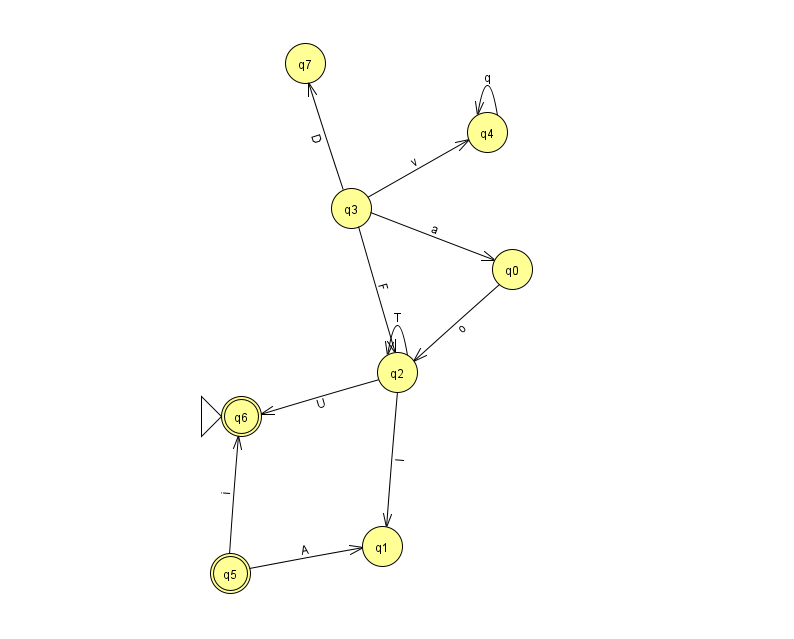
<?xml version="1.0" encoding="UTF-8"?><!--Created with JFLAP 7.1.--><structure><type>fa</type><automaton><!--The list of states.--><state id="0" name="q0"><x>512.0</x><y>256.0</y></state><state id="1" name="q1"><x>382.0</x><y>533.0</y></state><state id="2" name="q2"><x>397.0</x><y>359.0</y></state><state id="3" name="q3"><x>351.0</x><y>195.0</y></state><state id="4" name="q4"><x>487.0</x><y>119.0</y></state><state id="5" name="q5"><x>230.0</x><y>560.0</y><final/></state><state id="6" name="q6"><x>241.0</x><y>403.0</y><initial/><final/></state><state id="7" name="q7"><x>305.0</x><y>50.0</y></state><!--The list of transitions.--><transition><from>5</from><to>1</to><read>A</read></transition><transition><from>2</from><to>1</to><read>l</read></transition><transition><from>4</from><to>4</to><read>q</read></transition><transition><from>2</from><to>6</to><read>U</read></transition><transition><from>5</from><to>6</to><read>i</read></transition><transition><from>2</from><to>2</to><read>T</read></transition><transition><from>3</from><to>4</to><read>v</read></transition><transition><from>3</from><to>0</to><read>a</read></transition><transition><from>3</from><to>2</to><read>F</read></transition><transition><from>0</from><to>2</to><read>o</read></transition><transition><from>3</from><to>7</to><read>D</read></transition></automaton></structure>